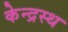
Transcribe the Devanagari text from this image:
केन्द्रस्थ